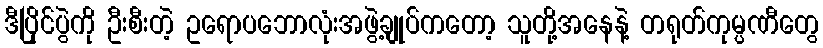
ဒီပြိုင်ပွဲကို ဦးစီးတဲ့ ဥရောပဘောလုံးအဖွဲ့ချုပ်ကတော့ သူတို့အနေနဲ့ တရုတ်ကုမ္ပဏီတွေ